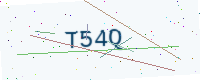
Text: T54Q